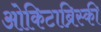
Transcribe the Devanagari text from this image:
ओकिटाब्रिस्की